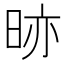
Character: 𭥼